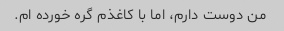
من دوست دارم، اما با کاغذم گره خورده ام.